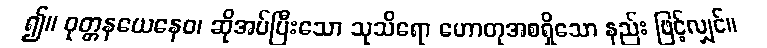
၍။ ဝုတ္တနယေနေဝ၊ ဆိုအပ်ပြီးသော သုသိရော ဟောတုအစရှိသော နည်း ဖြင့်လျှင်။